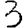
Digit: 3